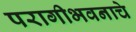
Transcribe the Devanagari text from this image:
परागीभवनाचे